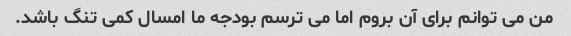
من می توانم برای آن بروم اما می ترسم بودجه ما امسال کمی تنگ باشد.